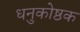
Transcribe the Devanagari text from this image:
धनुकोष्ठक